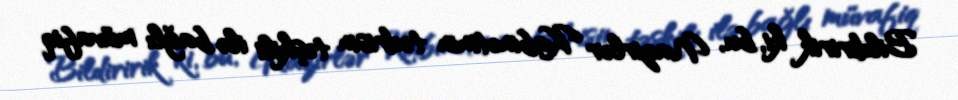
Bildiririk ki, bu, Nazirlər Kabinetinin tədrisin təşkili ilə bağlı müvafiq